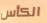
الكأس